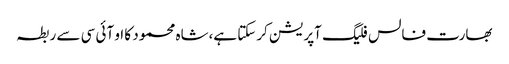
بھارت فالس فلیگ آپریشن کرسکتا ہے،شاہ محمود کا او آئی سی سے ربطہ